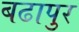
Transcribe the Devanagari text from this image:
बढापुर